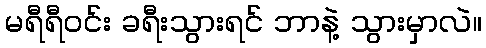
မရီရီဝင်း ခရီးသွားရင် ဘာနဲ့ သွားမှာလဲ။